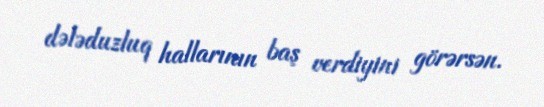
dələduzluq hallarının baş verdiyini görərsən.